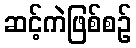
ဆင့်ကဲဖြစ်စဉ်